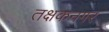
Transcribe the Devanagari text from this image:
तक्षकनगर